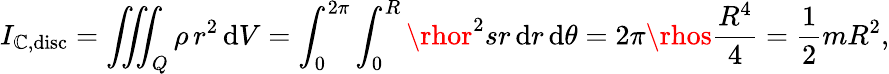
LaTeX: I_{\mathbb{C},{\mathrm{{disc}}}}=\iiint_{Q}\rho\, r^{2}\, \mathrm{{d}}V=\int_{0}^{2\pi}\int_{0}^{R}\rhor^{2}sr\, \mathrm{{d}}r\, \mathrm{{d}}\theta=2\pi\rhos{\frac{{R^{4}}}{{4}}}={\frac{{1}}{{2}}}mR^{2},